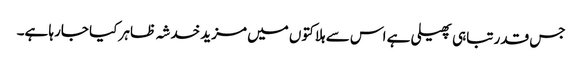
جس قدر تباہی پھیلی ہے اس سے ہلاکتوں میں مزید خدشہ ظاہر کیا جارہا ہے۔